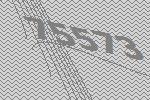
75573